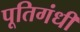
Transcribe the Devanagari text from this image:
पूतिगंधी